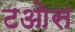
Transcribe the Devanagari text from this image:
टओस